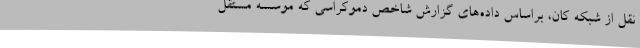
نقل از شبکه کان، براساس داده‌های گزارش شاخص دموکراسی که موسسه مستقل